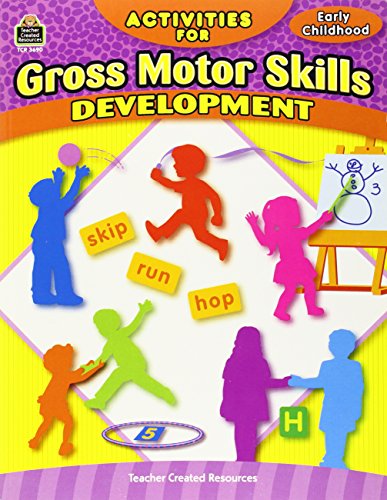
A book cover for Activities for Gross Motor Skills Development Early Childhood; Jodene Smith; Health, Fitness & Dieting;